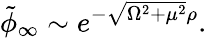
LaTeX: \tilde{\phi}_{\infty}\sim e^{-\sqrt{\Omega^{2}+\mu^{2}}\rho}.